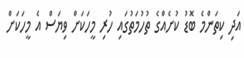
އަދި ކިތަންމެ ބޮޑު ކުށެއްގެ ތުހުމަތުގައި ހުރި މީހަކަށް ވިޔަސް އެ މީހަކަށް